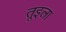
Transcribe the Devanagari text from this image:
तूइला